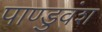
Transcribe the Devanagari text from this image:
पाण्डुवंश